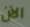
الآن